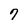
Character: 7